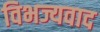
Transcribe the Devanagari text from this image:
विभज्यवाद